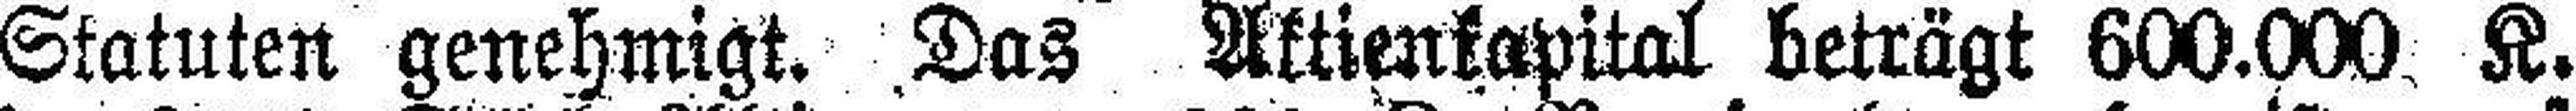
Statuten genehmigt. Das Aktienkapital beträgt 600.000 K.